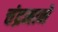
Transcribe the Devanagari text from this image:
चंद्रमाने